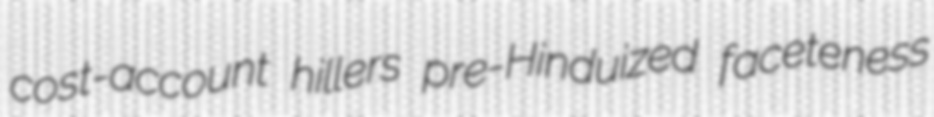
cost-account hillers pre-Hinduized faceteness